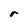
Character: r